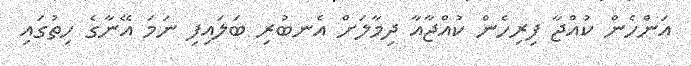
އަންހެން ކުއްޖާ ފިރިހެން ކުއްޖާއާ ދިމާލަށް އެނބުރި ބަލައިފި ނަމަ އޭނާގެ ހިތުގައި